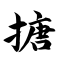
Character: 搪